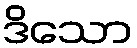
ဒိသော